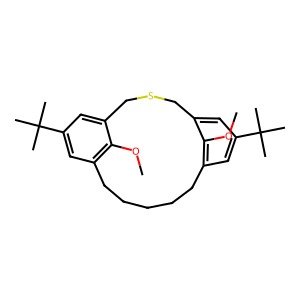
SMILES: COc1c2cc(C(C)(C)C)cc1CSCc1cc(C(C)(C)C)cc(c1OC)CCCCC2
Inhibits HIV replication: No